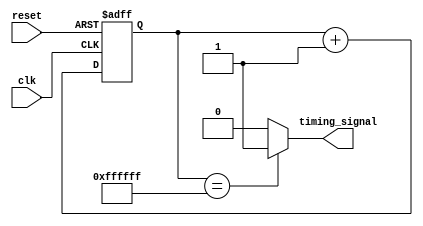
module Ethernet_Bus_Controller(
    input wire clk,
    input wire reset,
    output reg timing_signal,
    // Add more ports as needed for data transmission
);

// Timing generator to generate clock signals
reg [31:0] counter1;
always @(posedge clk or posedge reset)
begin
    if (reset)
        counter1 <= 32'h0;
    else
        counter1 <= counter1 + 1;
end

// Clock divider to generate synchronized clock signals
reg [3:0] divider;
always @(posedge clk or posedge reset)
begin
    if (reset)
        divider <= 4'b0;
    else
        divider <= divider + 1;
end

// Synchronization logic to ensure correct timing and order of data transmission
reg [7:0] synchronization_counter;
always @(posedge clk or posedge reset)
begin
    if (reset)
        synchronization_counter <= 8'h0;
    else if (synchronization_counter == 8'hFF)
        synchronization_counter <= 8'h0;
    else
        synchronization_counter <= synchronization_counter + 1;
end

// Additional counters and registers for tracking timing requirements
reg [31:0] counter2;
// Add more counters and registers as needed

// Insert data transmission logic here

// Output timing signal for controller operation
assign timing_signal = (counter1 == 32'hFFFFFF) ? 1'b1 : 1'b0;

endmodule